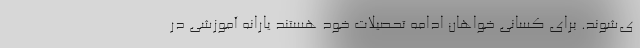
ی‌شوند. برای کسانی خواهان ادامه تحصیلات خود هستند یارانه آموزشی در